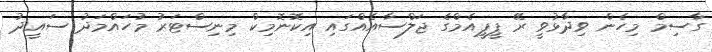
ގާސިމް މިހެން ވިދާޅުވީ ރޭ ޕީޕީއެމްގެ ޖަލްސާއެއްގައި އިކޮނޮމިކް މިނިސްޓަރު މުހައްމަދު ސައީދު